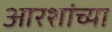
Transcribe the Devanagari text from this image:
आरशांच्या